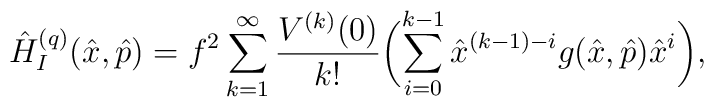
\hat H^{(q)}_I(\hat x,\hat p)=f^2\sum_{k=1}^\infty \frac{V^{(k)}(0)}{k!}\biggl( \sum_{i=0}^{k-1}\hat x^{(k-1)-i}g(\hat x,\hat p)\hat x^{i}\biggr),